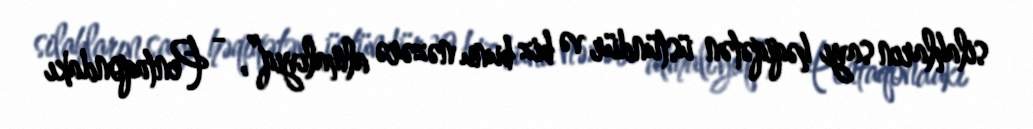
silahların sayı həqiqətən üstündür və biz bunu nəzərə almalıyıq”, - Pentaqondakı